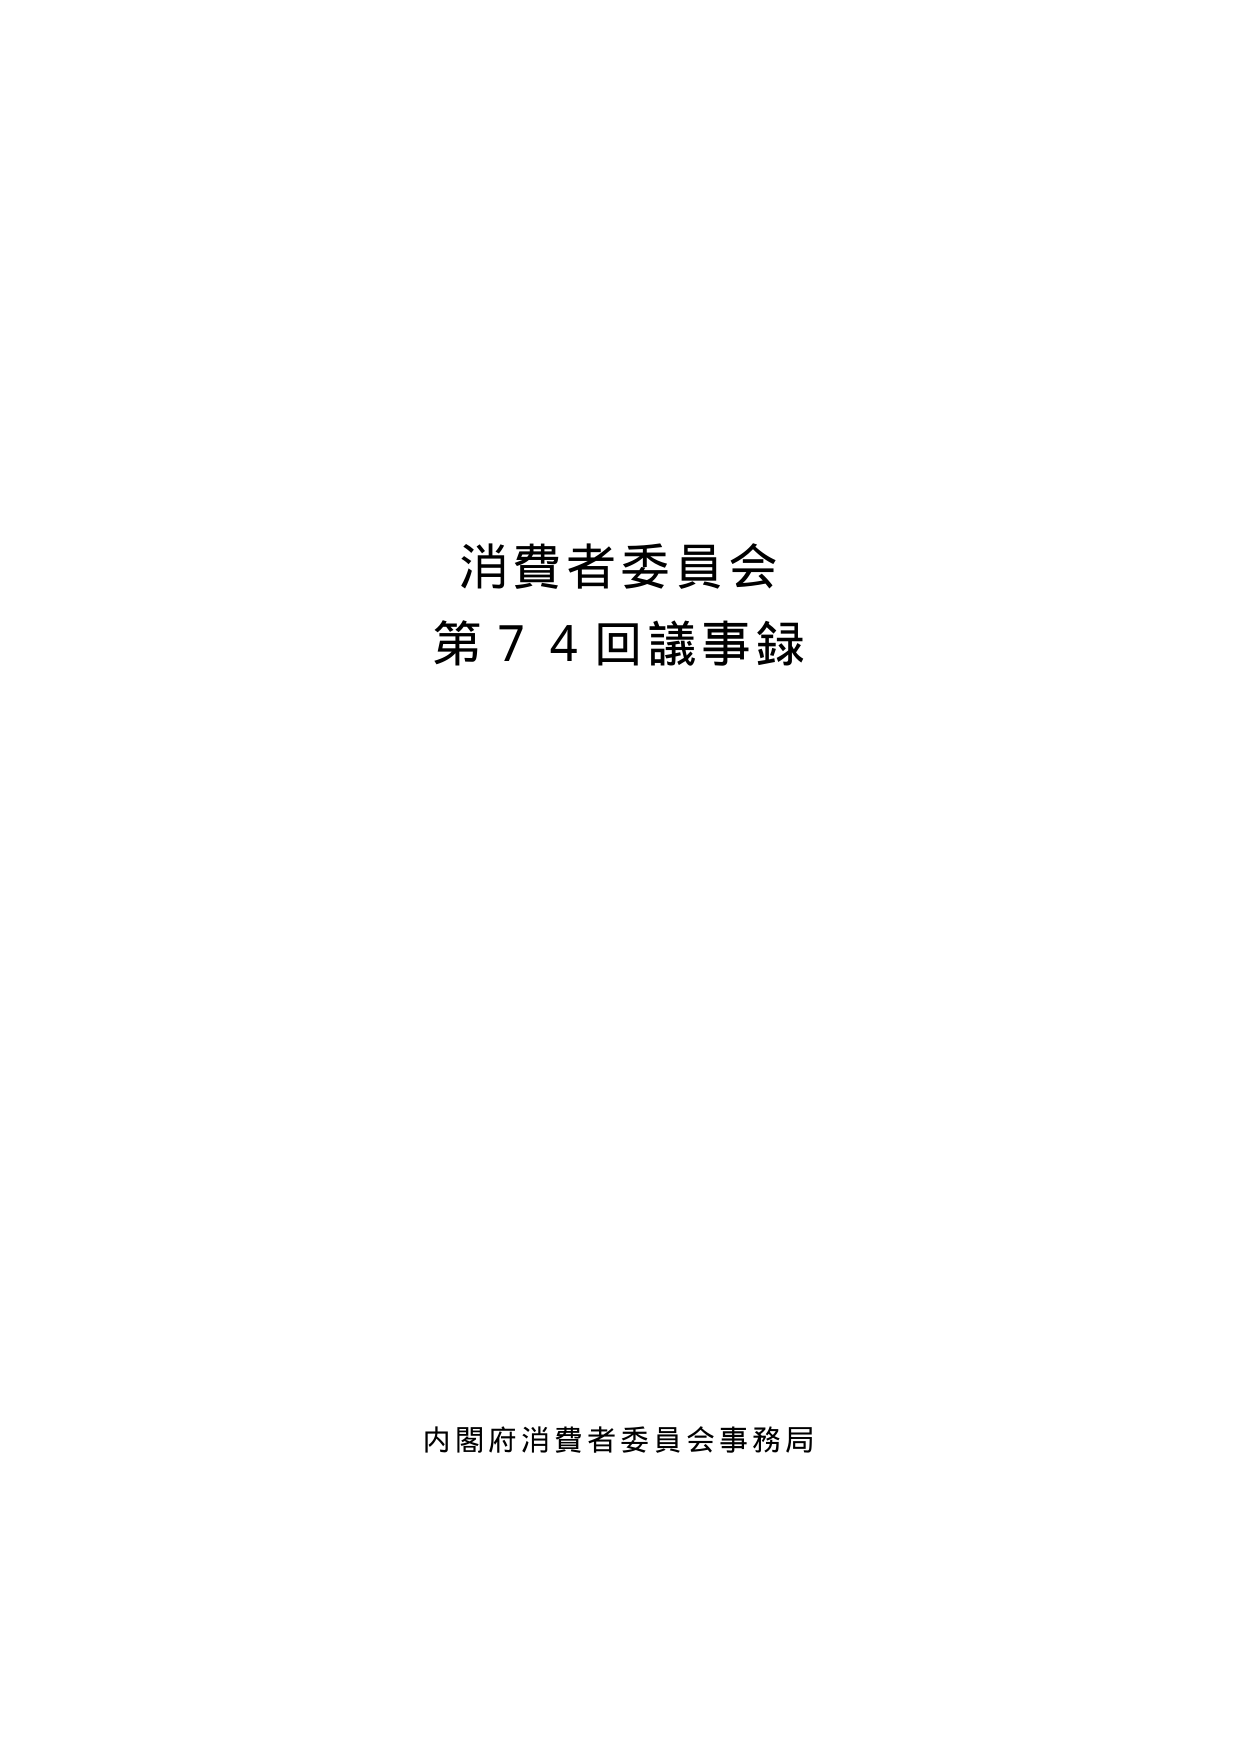
消費者委員会
第74回議事録

内閣府消費者委員会事務局